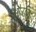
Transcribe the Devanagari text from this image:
औरहि